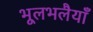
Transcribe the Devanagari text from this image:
भूलभलैयाँ